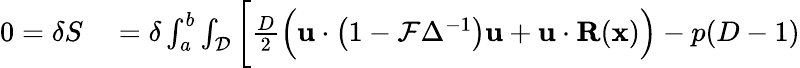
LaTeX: \begin{array}{rl}{0=\delta S}&{{}=\delta\int_{a}^{b}\int_{\mathcal{D}}\bigg[\frac{D}{2}\Big(\mathbf{u}\cdot\big(1-\mathcal{F}\Delta^{-1}\big)\mathbf{u}+\mathbf{u}\cdot\mathbf{R}(\mathbf{x})\Big)-p(D-1)}\end{array}